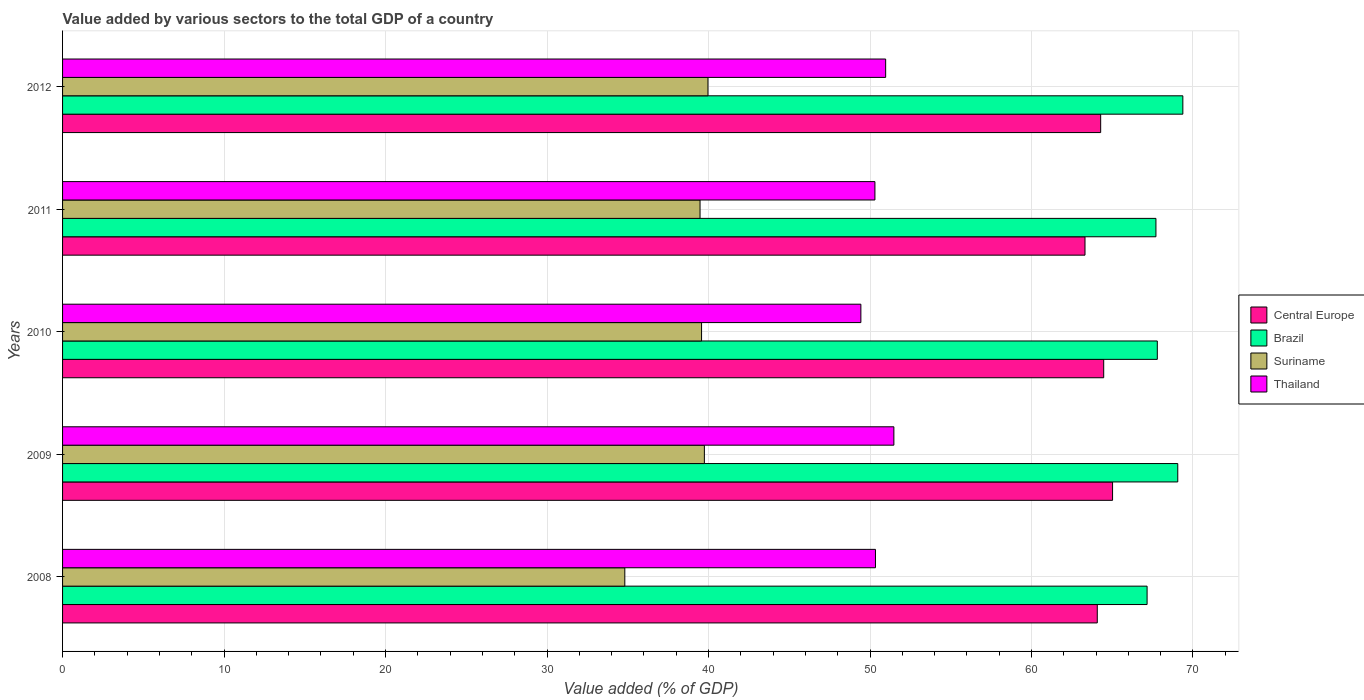
| Years | Central Europe | Brazil | Suriname | Thailand |
 | --- | --- | --- | --- | --- |
 | 2008 | 64.1 | 67.2 | 34.8 | 50.3 |
 | 2009 | 65 | 69.1 | 39.7 | 51.5 |
 | 2010 | 64.5 | 67.8 | 39.6 | 49.4 |
 | 2011 | 63.3 | 67.7 | 39.5 | 50.3 |
 | 2012 | 64.3 | 69.4 | 40 | 51 |